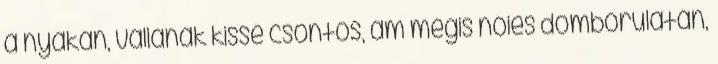
a nyakán, vállának kissé csontos, ám mégis nőies domborulatán,